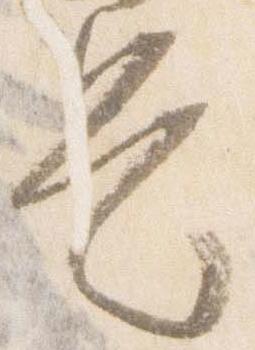
是